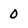
Character: 0